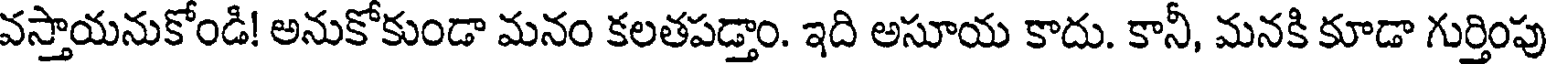
వస్తాయనుకోండి! అనుకోకుండా మనం కలతపడ్తాం. ఇది అసూయ కాదు. కానీ, మనకి కూడా గుర్తింపు